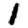
Digit: 1